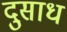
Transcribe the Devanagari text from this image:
दुसाध